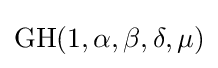
\mathrm {GH} (1,\alpha ,\beta ,\delta ,\mu )